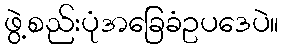
ဖွဲ့စည်းပုံအခြေခံဥပဒေပဲ။